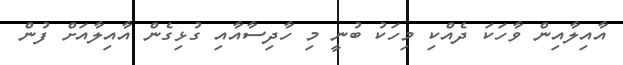
އާއިލާއިން ވާހަކަ ދެއްކި މިހަކު ބުނީ މި ހާދިސާއާއި ގުޅިގެން އާއިލާއަށް ފުން